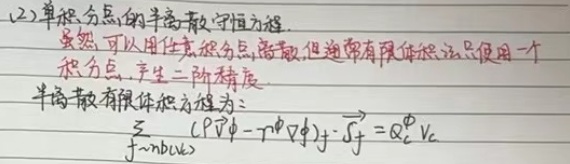
(2) 单积分点的半离散守恒方程。虽然可以用任意积分点离散，但通常有限体积法只使用一个积分点，产生二阶精度。半离散有限体积方程为：
\(\sum_{f - nb(k)}(\rho\vec{v}\phi - \Gamma^{\phi}\nabla\phi)\cdot\vec{S}_f = Q_c^{\phi}V_c\)